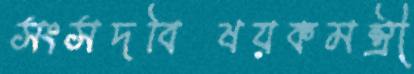
সংসদবিষয়কমন্ত্রী